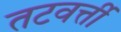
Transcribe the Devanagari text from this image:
तटवर्त्ती